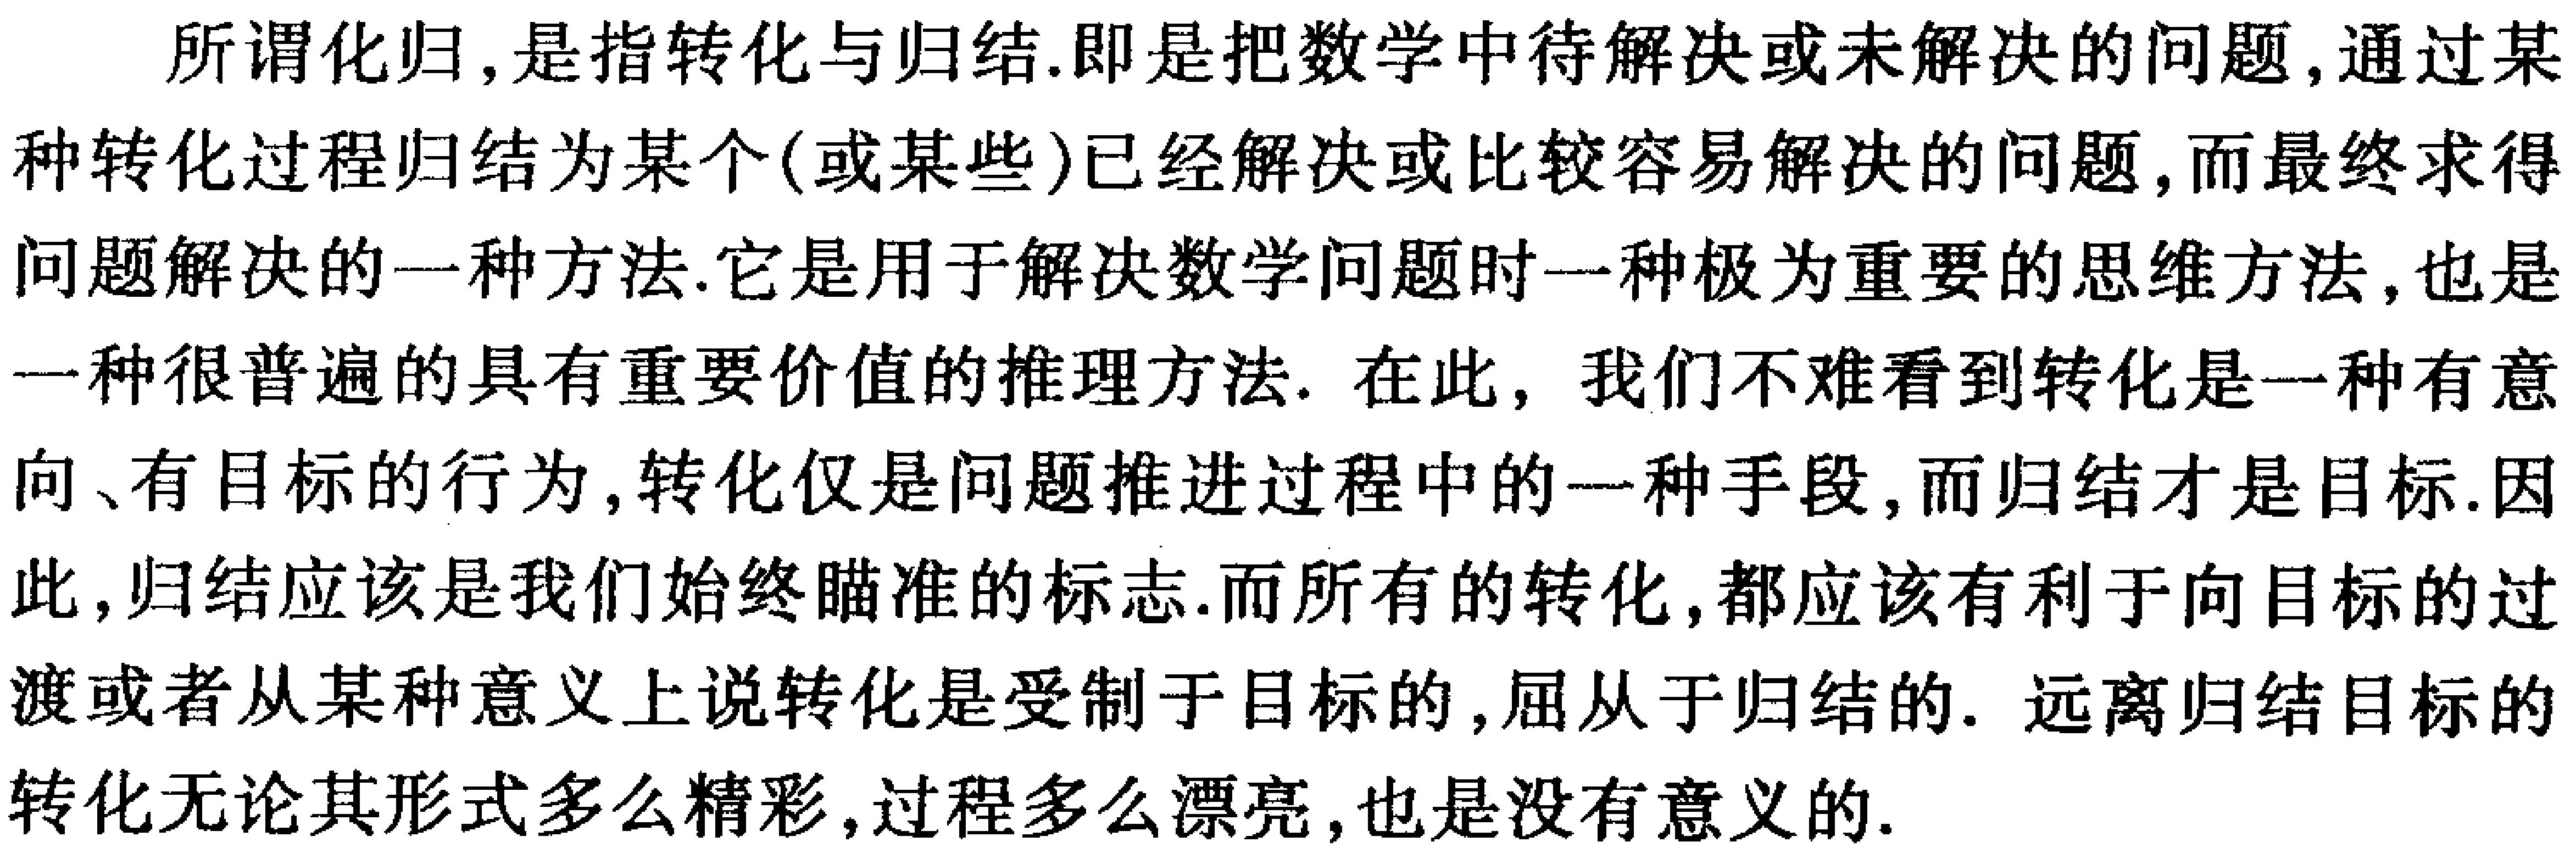
所谓化归,是指转化与归结.即是把数学中待解决或未解决的问题,通过某种转化过程归结为某个(或某些)已经解决或比较容易解决的问题,而最终求得问题解决的一种方法.它是用于解决数学问题时一种极为重要的思维方法,也是一种很普遍的具有重要价值的推理方法. 在此, 我们不难看到转化是一种有意向、有目标的行为,转化仅是问题推进过程中的一种手段,而归结才是目标.因此,归结应该是我们始终瞄准的标志.而所有的转化,都应该有利于向目标的过渡或者从某种意义上说转化是受制于目标的,屈从于归结的. 远离归结目标的转化无论其形式多么精彩,过程多么漂亮,也是没有意义的.